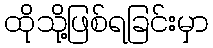
ထိုသို့ဖြစ်ရခြင်းမှာ